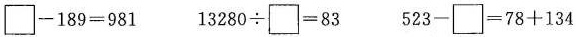
\square -189=981 1280 \div \square =83 523-\square=78+134